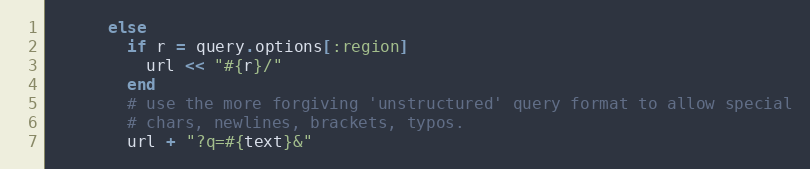
Language: Ruby
      else
        if r = query.options[:region]
          url << "#{r}/"
        end
        # use the more forgiving 'unstructured' query format to allow special
        # chars, newlines, brackets, typos.
        url + "?q=#{text}&"